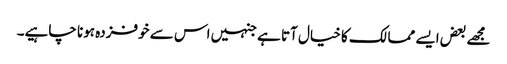
مجھے بعض ایسے ممالک کا خیال آتا ہے جنہیں اس سے خوفزدہ ہونا چاہیے۔